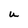
Character: U